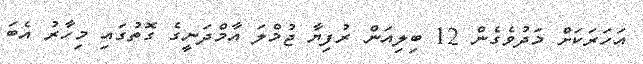
އަހަރަކަށް މަދުވެގެން 12 ބިލިއަން ރުފިޔާ ޖުމްލަ އާމްދަނީގެ ގޮތުގައި މިހާރު އެބަ